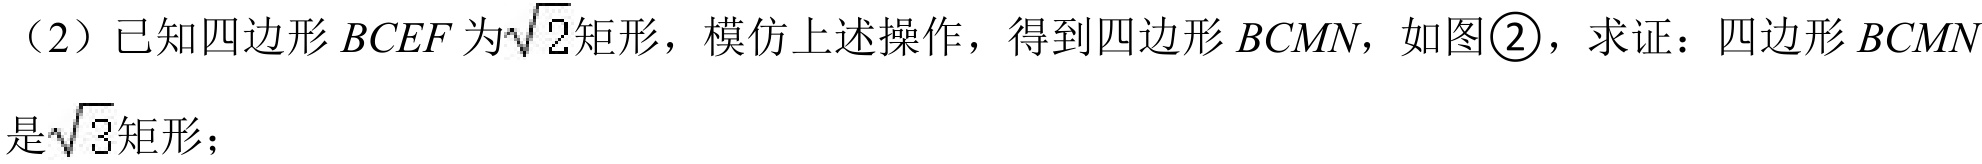
（2）已知四边形\(BCEF\)为\(\sqrt{2}\)矩形，模仿上述操作，得到四边形\(BCMN\)，如图\textcircled{2}，求证：四边形\(BCMN\)是\(\sqrt{3}\)矩形；